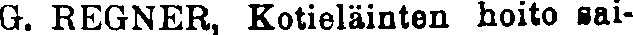
G. REGNER, Kotieläinten hoito sai-